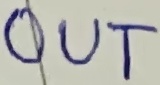
Text: OUT